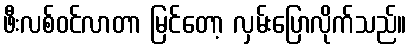
ဖီးလစ်ဝင်လာတာ မြင်တော့ လှမ်းပြောလိုက်သည်။